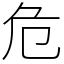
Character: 危